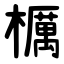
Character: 櫔